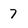
Character: 7